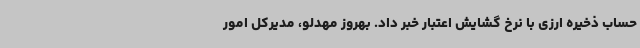
حساب ذخیره ارزی با نرخ گشایش اعتبار خبر داد. بهروز مهدلو، مدیرکل امور